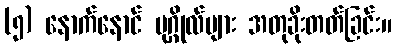
(၅) နောက်နောင် ပုဂ္ဂိုလ်များ အတုခိုးတတ်ခြင်း။